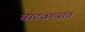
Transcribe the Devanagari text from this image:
बाटवण्यात